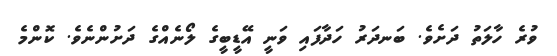
ވުރެ ހާލަތު ދަށެވެ. ބަނދަރު ހަދާފައި ވަނީ އޭޑީބީގެ ލޯނެއްގެ ދަށުންނެވެ. ކޮންމެ